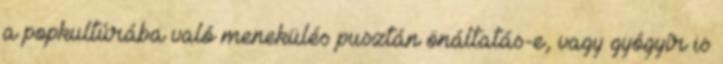
a popkultúrába való menekülés pusztán önáltatás-e, vagy gyógyír is